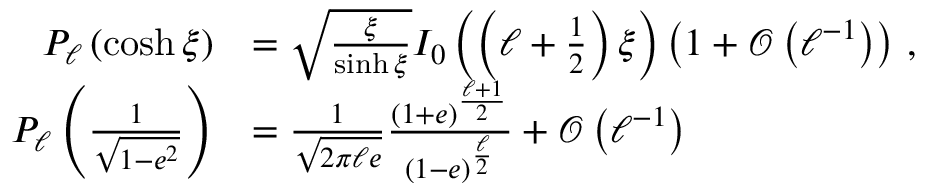
{ \begin{array} { r l } { P _ { \ell } \left( \cosh \xi \right) } & { = { \sqrt { \frac { \xi } { \sinh \xi } } } I _ { 0 } \left( \left( \ell + { \frac { 1 } { 2 } } \right) \xi \right) \left( 1 + { \mathcal { O } } \left( \ell ^ { - 1 } \right) \right) \, , } \\ { P _ { \ell } \left( { \frac { 1 } { \sqrt { 1 - e ^ { 2 } } } } \right) } & { = { \frac { 1 } { \sqrt { 2 \pi \ell e } } } { \frac { ( 1 + e ) ^ { \frac { \ell + 1 } { 2 } } } { ( 1 - e ) ^ { \frac { \ell } { 2 } } } } + { \mathcal { O } } \left( \ell ^ { - 1 } \right) } \end{array} }